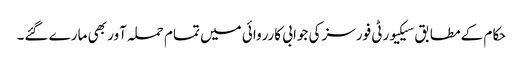
حکام کے مطابق سیکیورٹی فورسز کی جوابی کارروائی میں تمام حملہ آور بھی مارے گئے۔